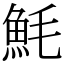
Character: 魹